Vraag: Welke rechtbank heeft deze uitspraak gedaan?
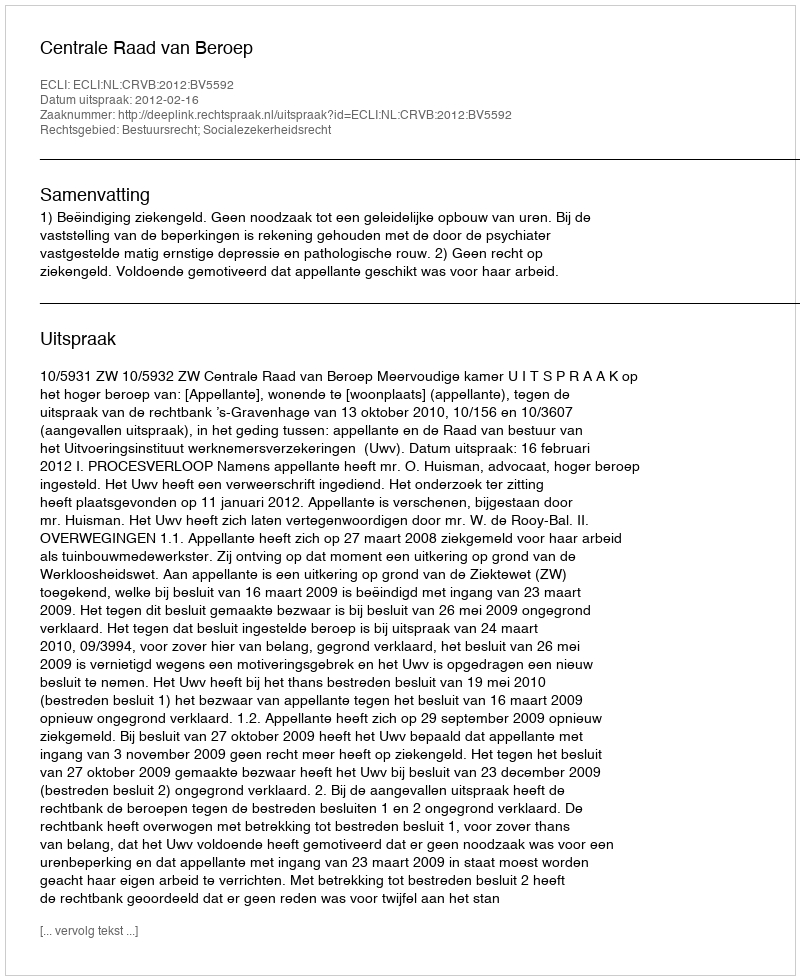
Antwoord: Centrale Raad van Beroep